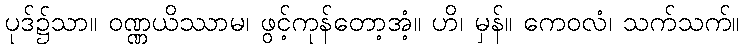
ပုဒ်၌သာ။ ဝဏ္ဏယိဿာမ၊ ဖွင့်ကုန်တော့အံ့။ ဟိ၊ မှန်။ ကေဝလံ၊ သက်သက်။